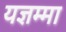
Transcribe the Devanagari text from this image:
यज्ञम्मा